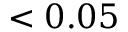
< 0 . 0 5